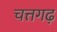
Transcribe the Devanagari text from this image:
चत्तगढ़